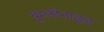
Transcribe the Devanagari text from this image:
यूग्लीनाइड